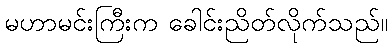
မဟာမင်းကြီးက ခေါင်းညိတ်လိုက်သည်။